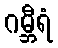
ဂမ္ဘီရံ